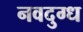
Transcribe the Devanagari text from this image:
नवदुग्ध